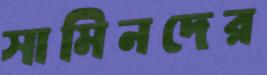
সামিনদের